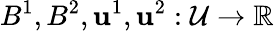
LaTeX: B^{1},B^{2},\mathbf{u}^{1},\mathbf{u}^{2}:\mathcal{{U}}\to\mathbb{{R}}